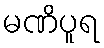
မဏိပူရ